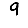
Digit: 9